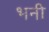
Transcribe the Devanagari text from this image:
भनी